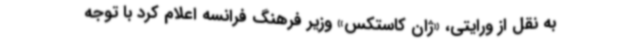
به نقل از ورایتی، «ژان کاستکس» وزیر فرهنگ فرانسه اعلام کرد با توجه